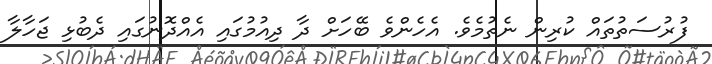
ފުރުސަތުތައް ކުރިން ނެތުމެވެ. އެހެންވެ ބޭހަށް ދާ ދިއުމުގައި އެއްދޮނުގައި ދެބުޅި ޖަހާލާ